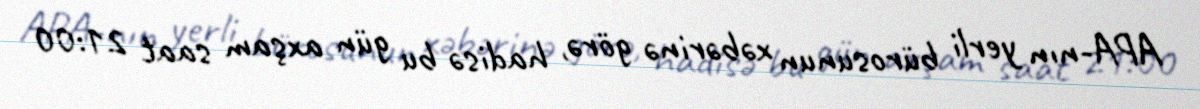
APA-nın yerli bürosunun xəbərinə görə, hadisə bu gün axşam saat 21:00